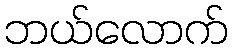
ဘယ်လောက်